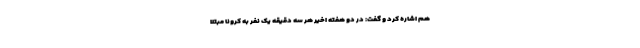
هم اشاره کرد و گفت: در دو هفته اخیر هر سه دقیقه یک نفر به کرونا مبتلا